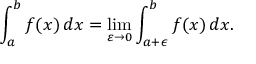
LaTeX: \int _ { a } ^ { b } f ( x ) \, d x = \operatorname* { l i m } _ { \varepsilon \to 0 } \int _ { a + \epsilon } ^ { b } f ( x ) \, d x .